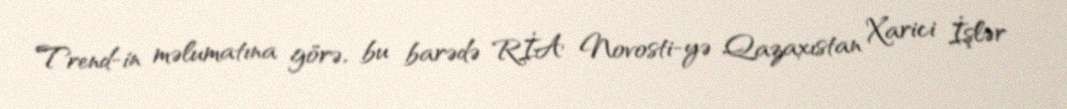
Trend-in məlumatına görə, bu barədə RİA Novosti-yə Qazaxıstan Xarici İşlər